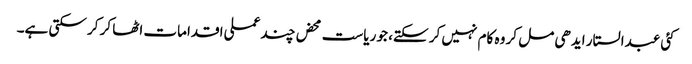
کئی عبدالستار ایدھی مل کر وہ کام نہیں کر سکتے، جو ریاست محض چند عملی اقدامات اٹھا کر کر سکتی ہے۔